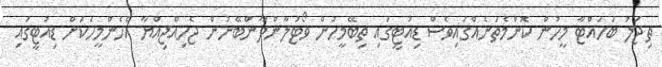
ތިޖަލު ބަހައްޓާ މީހުން ކޮންމެތަނެއްގައިވެސް ޑިއުޓީގައި ތިބޭމީހުން ވޯޓުލާންދާންބޭނުން ޖެހިއްޖިއްޔާ އެހެންމީހަކަށް ޑިއުޓީގައި